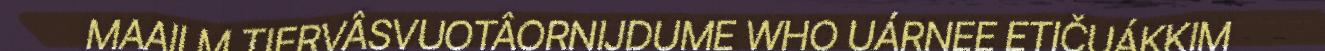
MAAILM TIERVÂSVUOTÂORNIJDUME WHO UÁRNEE ETIČUÁKKIM